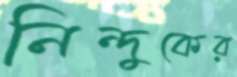
নিন্দুকের